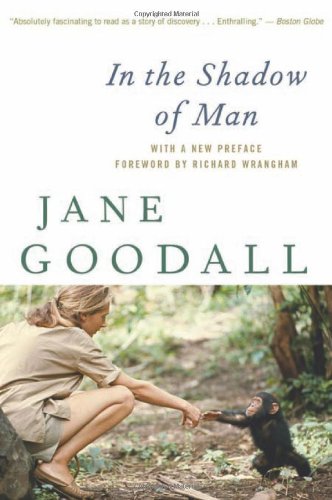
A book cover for In the Shadow of Man; Jane Goodall; Science & Math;